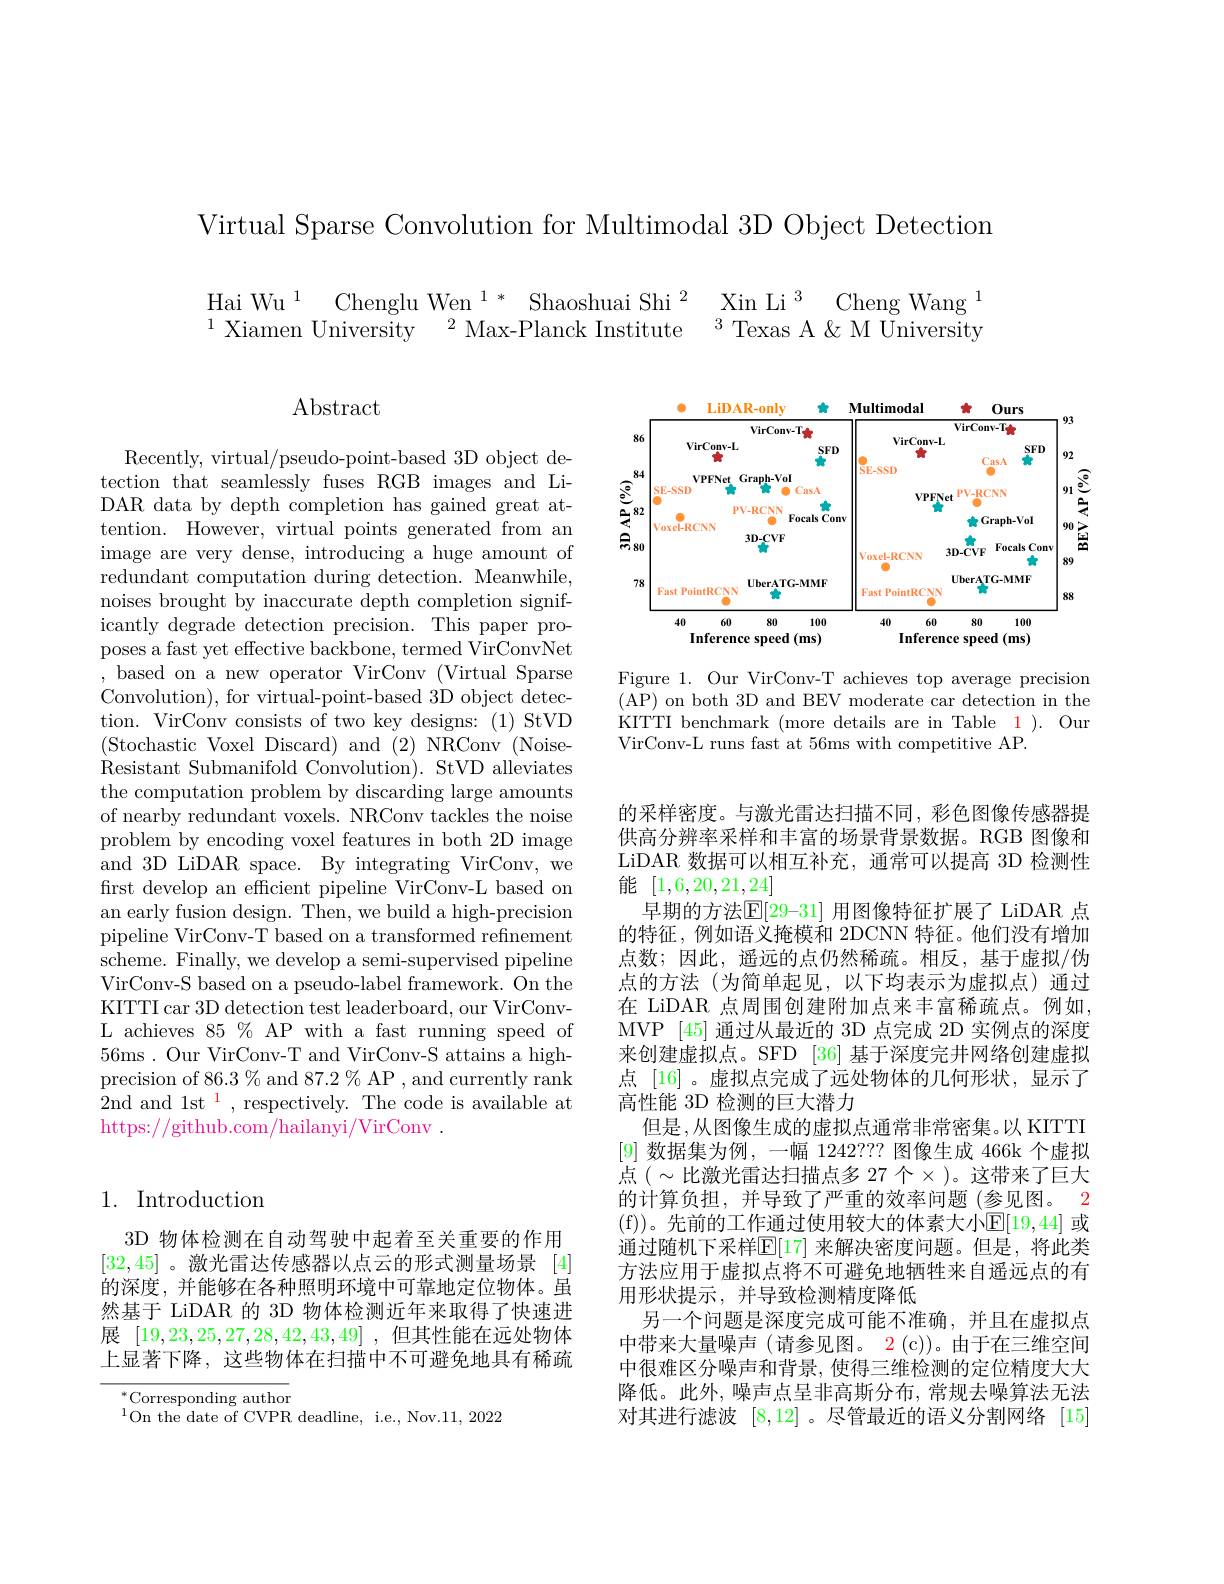
Virtual Sparse Convolution for Multimodal 3D Object Detection

$\begin{array}{ll}{\text{Hai Wu}^{1}\text{Chenglu Wen}^{1*}\text{Shaoshuai Shi}^{2}}&{\text{Xin Li}^{3}\text{Cheng Wang}^{1}}\\{^{1}\text{Xiamen University}^{2}\text{Max-Planck Institute}^{3}\text{Texas A}\&\text{M University}}\end{array}$

$\operatorname{Abstract}$

Recently, virtual/pseudo-point-based 3D object detection that seamlessly fuses RGB images and LiDAR data by depth completion has gained great attention. However, virtual points generated from an image are very dense, introducing a huge amount of redundant computation during detection. Meanwhile, noises brought by inaccurate depth completion signif- $\bar{\text{icantly degrade detection precision.}}$This paper proposes a fast yet effective backbone, termed VirConvNet , based on a new operator VirConv (Virtual Sparse Convolution), for virtual-point-based 3D object detection. VirConv consists of two key designs: (1) StVD (Stochastic Voxel Discard) and (2)NRConv (NoiseResistant Submanifold Convolution). StVD alleviates the computation problem by discarding large amounts of nearby redundant voxels. NRConv tackles the noise problem by encoding voxel features in both 2D image and 3D LiDAR space. By integrating VirConv, we first develop an efficient pipeline VirConv-L based on an early fusion design. Then, we build a high-precision pipeline VirConv-T based on a transformed refinement scheme. Finally, we develop a semi-supervised pipeline VirConv-S based on a pseudo-label framework. On the KITTI car 3D detection test leaderboard, our VirConvL achieves 85 % AP with a fast running speed of 56ms. Our VirConv-T and VirConv-S attains a highprecision of 86.3 % and 87.2 % AP , and currently rank ${\dot{2}}$nd and 1st$^{1}$,respectively.The code is available at https://github.com/hailanyi/VirConv .

# 1. Introduction

3D 物体检测在自动驾驶中起着至关重要的作用[32,45] 。激光雷达传感器以点云的形式测量场景[4] 的深度，并能够在各种照明环境中可靠地定位物体。虽然基于 LiDAR 的 3D 物体检测近年来取得了快速进展[19,23,25,27,28,42,43,49] ,但其性能在远处物体上显著下降，这些物体在扫描中不可避免地具有稀疏

$^*$Corresponding author
$^{1}$On the date of CVPR deadline, i.e., Nov.11, 2022

<FigureHere>

Figure 1. Our VirConv-T achieves top average precision ( AP) on both 3D and BEV moderate car detection in the KITTI benchmark (more details are in Table 1 ). Our VirConv-L runs fast at 56ms with competitive AP.

的采样密度。与激光雷达扫描不同，彩色图像传感器提供高分辨率采样和丰富的场景背景数据。RGB 图像和LiDAR 数据可以相互补充，通常可以提高 3D 检测性能$[1,6,20,21,\underline{24}]$
早期的方法$\overline{\mathbb{E}}[29-31]$ 用图像特征扩展了 LiDAR 点的特征，例如语义掩模和 2DCNN 特征。他们没有增加点数；因此，遥远的点仍然稀疏。相反，基于虚拟/伪点的方法(为简单起见，以下均表示为虚拟点)通过在 LiDAR 点周围创建附加点来丰富稀疏点。例如， MVP [45] 通过从最近的 3D 点完成 2D 实例点的深度来创建虚拟点。SFD [36] 基于深度完井网络创建虚拟点 [16] 。虚拟点完成了远处物体的几何形状，显示了高性能 3D 检测的巨大潜力
但是，从图像生成的虚拟点通常非常密集。以 KITTI [9]数据集为例，一幅 1242??? 图像生成 466k 个虚拟点 $(\sim$比激光雷达扫描点多 27 个$\times$)。这带来了巨大的计算负担，并导致了严重的效率问题(参见图。2 (f))。先前的工作通过使用较大的体素大小$\mathbb{E}[19,44]$ 或通过随机下采样$\mathbb{E}[17]$ 来解决密度问题。但是，将此类方法应用于虚拟点将不可避免地牺牲来自遥远点的有用形状提示，并导致检测精度降低
另一个问题是深度完成可能不准确，并且在虚拟点中带来大量噪声 (请参见图。2 (c))。由于在三维空间中很难区分噪声和背景，使得三维检测的定位精度大大降低。此外，噪声点呈非高斯分布，常规去噪算法无法对其进行滤波[8,12] 。尽管最近的语义分割网络[15]